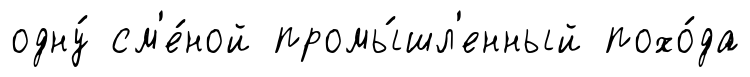
одну́ см'е́ной промы́шл'енный похо́да